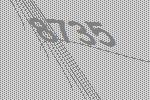
8735